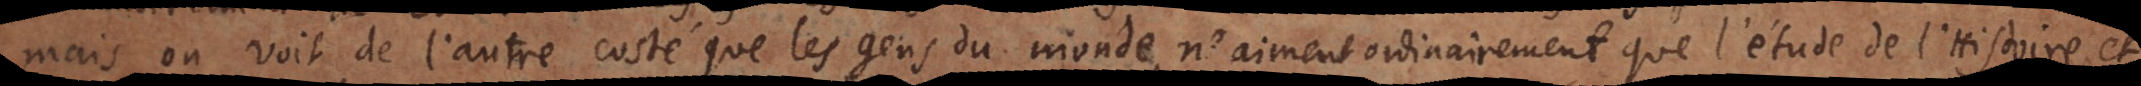
mais on voit de l’autre costé que les gens du monde, n’aiment ordinairement que l’étude de l’Histoire, et